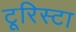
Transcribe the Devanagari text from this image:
टूरिस्टा